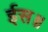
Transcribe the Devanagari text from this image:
ईस॥